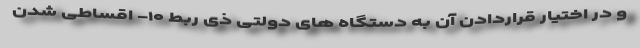
و در اختیار قراردادن آن به دستگاه های دولتی ذی ربط ۱۰- اقساطی شدن